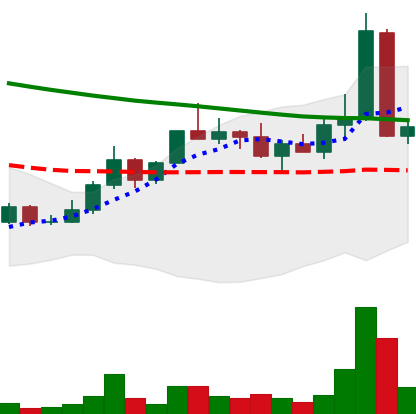
Ticker: DOGE-USD
Chart end date: 2022-04-07
Forward return: -5.493%
Label: down_5_7